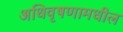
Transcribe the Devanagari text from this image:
अधिवृषणामधील